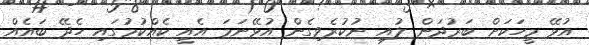
އުޅޭ މީހަކަށް ބަރުދަން ލުއި ނުކުރެވިގެން އުޅޭނަމަ އެއީ ކެއްކުމުގައި ހެދޭ ބައެއް